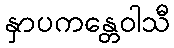
နှာပကန္တေဝါသီ